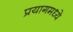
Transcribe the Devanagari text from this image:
प्रयागमध्ये